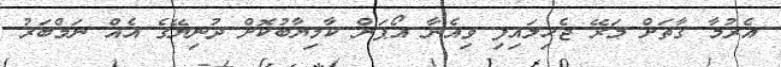
އެރުމާ ގާތަށް މަރޭ ޖެހިލައިފި ވިއެނާ އޯޕަން ކާމިޔާބުކޮށް ދުނިޔޭގެ އެއް ނަމްބަރު